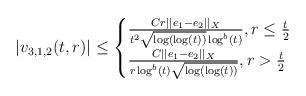
LaTeX: \begin{align*} |v_{3,1,2}(t,r)| \leq \begin{cases} \frac{C r ||e_{1}-e_{2}||_{X}}{t^{2} \sqrt{\log(\log(t))} \log^{b}(t)}, r \leq \frac{t}{2}\\\frac{C ||e_{1}-e_{2}||_{X}}{r \log^{b}(t) \sqrt{\log(\log(t))}}, r > \frac{t}{2}\end{cases}\end{align*}